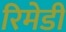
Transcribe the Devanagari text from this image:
रिमेडी